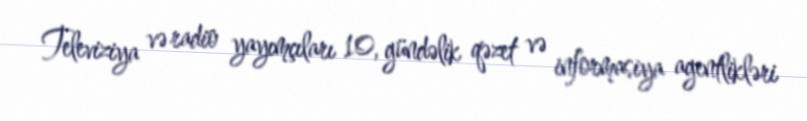
Televiziya və radio yayımçıları 10, gündəlik qəzet və informasiya agentlikləri